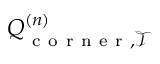
Q _ { \mathrm { ~ c ~ o ~ r ~ n ~ e ~ r ~ } , \mathcal { T } } ^ { ( n ) }